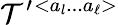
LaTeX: {\cal T}^{\prime}{}^{<a_{l}...a_{\ell}>}